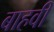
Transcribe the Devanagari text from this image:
बाहवीं